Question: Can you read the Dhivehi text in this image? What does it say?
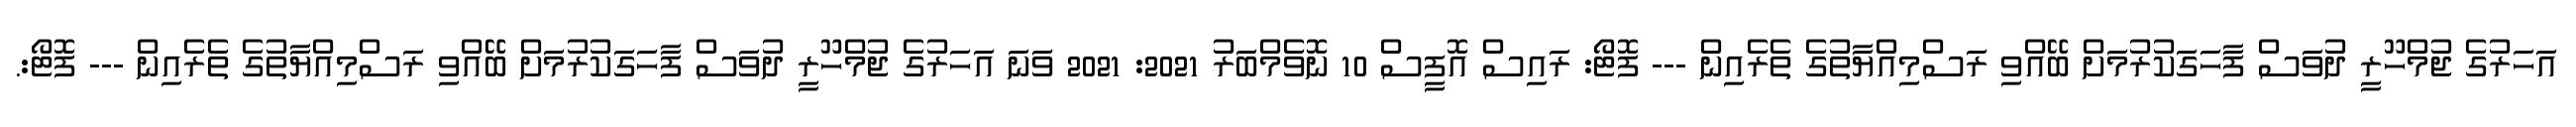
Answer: އަހަރުގެ ޖުމްހޫރީ ދުވަސް ފާހަގަކުރުމަށް ބޭއްވި ރަސްމިއްޔާތުގެ ތެރެއިން --- ފޮޓޯ: ރައިސް އޮފީސް 10 ނޮވެމްބަރު 2021: 2021 ވަނަ އަހަރުގެ ޖުމްހޫރީ ދުވަސް ފާހަގަކުރުމަށް ބޭއްވި ރަސްމިއްޔާތުގެ ތެރެއިން --- ފޮޓޯ:.